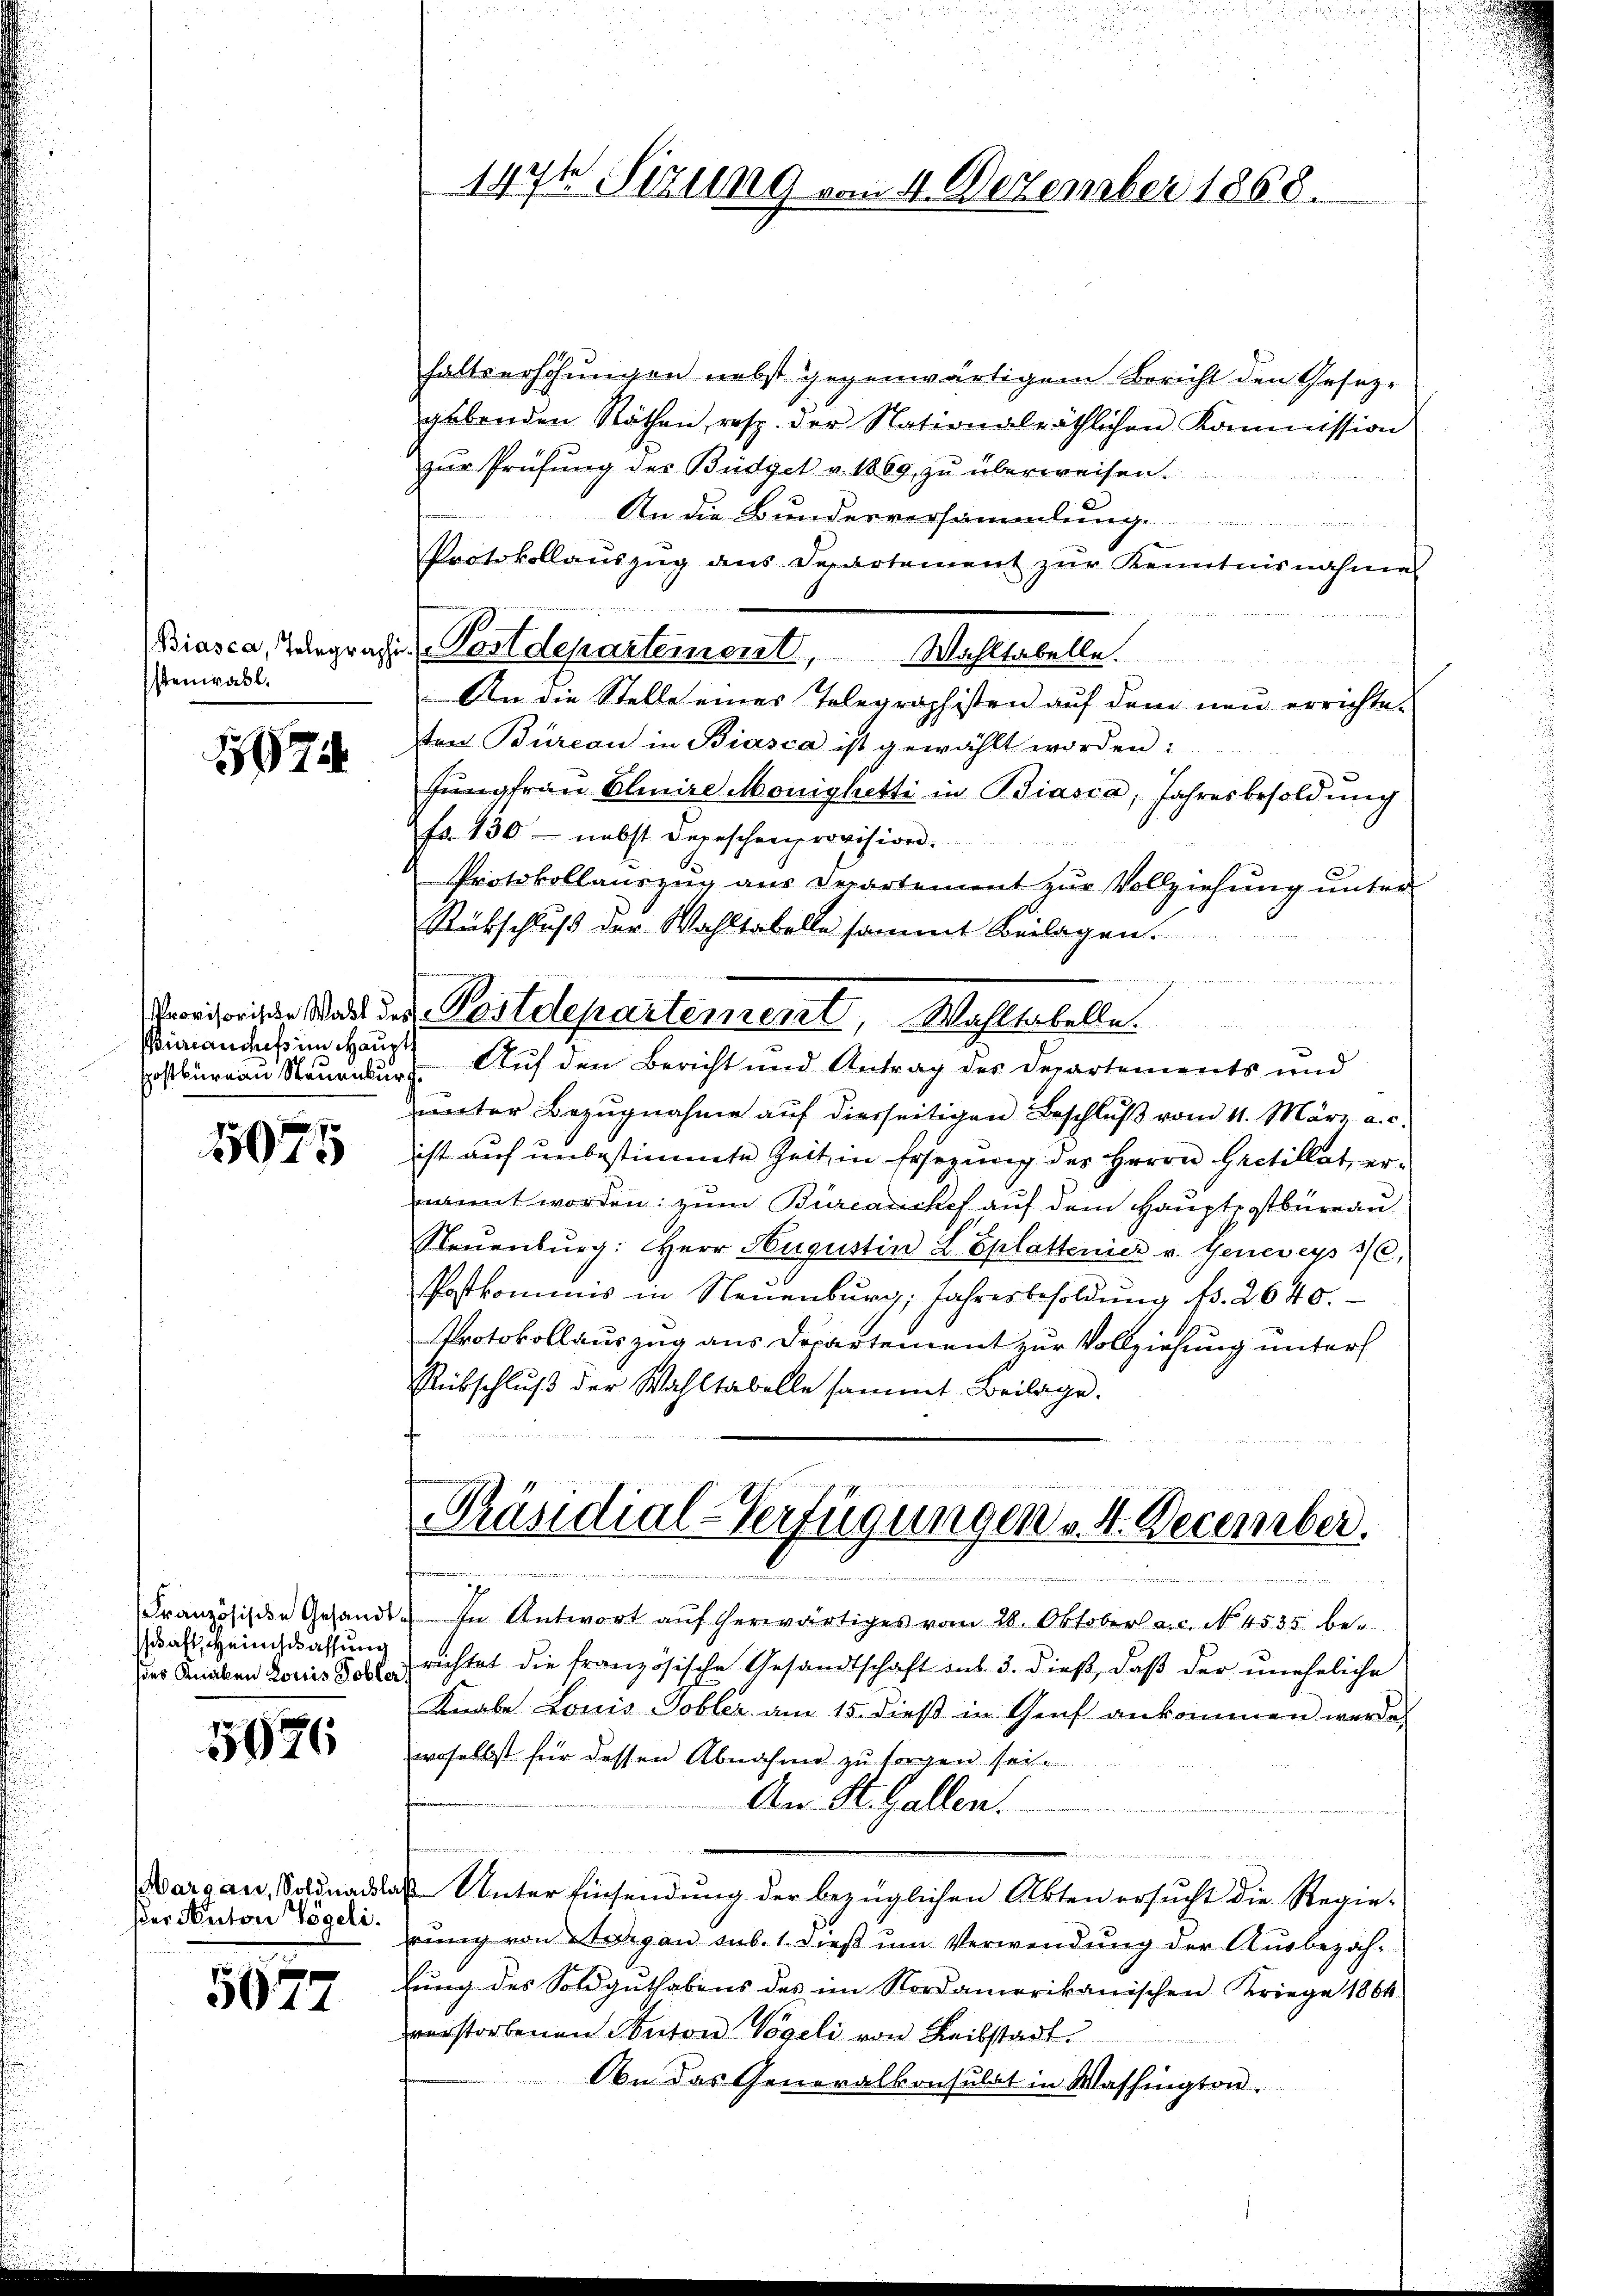
stenwahl.

17

Buranches im Haupts

7
015

Französische Gesandt.
schaft, Heimschaffung
hies Knaben Louis Tobler

5926

Margau, Soldnachla
ser Anton Vögeli.

5077

haltserhöhungen nebst gegenwärtigem Bericht den Gesezgabenden Räthen, resp. der Nationalräthlichen Kommission
zur Prüfung des Büdget v. 1869, zu überweisen.
An die Bundesversammlung
Protokollauszug aus Departement zur Kenntnisnahme
Biasca, Tongrafie Postdepartement, Wahltabelle.
An die Stelle eines Telegraphisten auf dem neu errichte-
ten Bureau in Biasca ist gewählt worden:
Jŭngfrau Eliire Monigketti in Biasca, Jahresbesoldung
Fr. 230 nebst Depeschenprovision.
Protokollauszug aus Departement zur Vollziehung unter
Rübschluß der Wahltabelle sammt Beilagen.
Widrigsten Wart der Postdepartement, Wahlerhelle.
Erstbureau Neuenburg. Auf den Bericht und Antrag des Departements und
uctor Bezŭgnahme aŭf diesseitigen Beschlŭβ vom 11. März a. c.
ist auf unbestimmte Zeit in Ersezung des Herrn Hertillet, ernannt worden; zum Büreauckef auf dem Hauptpostbureau
Neuenburg: Herr Hugustin L. Splattenier v. Genereys 36,
Postkommis in Neuenburg, Jahresbesoldung fr. 2640.
Protokollauszug aus Departement zur Vollziehung unters
Rübschluß der Wahltabelle sammt Beilage.

147t Sizung vom 4. Dezember 1868.

Präsidial-Verfügungen v. 4. December.
22

In Antwort aŭf herwärtiges vom 28. Oktober a.c. No. 4535. be-
richtet die französische Gesandtschaft sus. 3. dieß, daß der uneheliche
Knabe Louis Tobler am 15. dieß in Genf ankommen werde.
woselbst für dessen Abnahme zu sorgen sei.
An St. Gallen.
 Unter Einsendung der bezüglichen Akten ersucht die Regie-
rung von Segen sub. 1. dieß um Verwendung der Ausbezahlŭng des Soldgŭthabens des im Nordamerikanischen Kriege 1864
verstorbenen Ponton Vögeli von Leibstadt
On das Generalkonsulat in Washington.